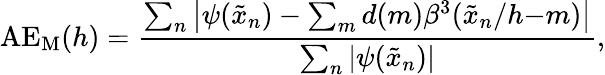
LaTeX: \mathrm{AE_{M}}(h)=\frac{\sum_{n}\left|\psi(\tilde{x}_{n})-\sum_{m}d(m)\beta^{3}(\tilde{x}_{n}/h{-}m)\right|}{\sum_{n}|\psi(\tilde{x}_{n})|},